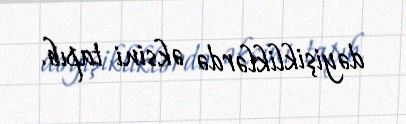
dəyişikliklərdə əksini tapıb.